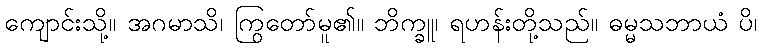
ကျောင်းသို့။ အဂမာသိ၊ ကြွတော်မူ၏။ ဘိက္ခူ၊ ရဟန်းတို့သည်။ ဓမ္မသဘာယံ ပိ၊